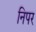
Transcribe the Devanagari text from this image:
निपर